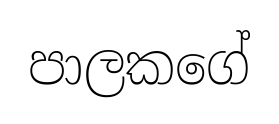
පාලකගේ